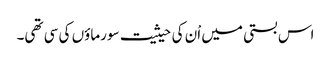
اس بستی میں اْن کی حیثیت سورماؤں کی سی تھی۔